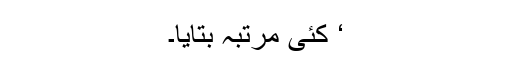
‘ کئی مرتبہ بتایا۔